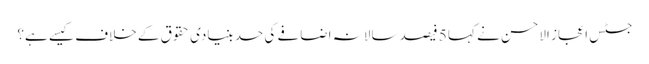
جسٹس اعجاز الاحسن نے کہا 5 فیصد سالانہ اضافے کی حد بنیادی حقوق کے خلاف کیسے ہے؟